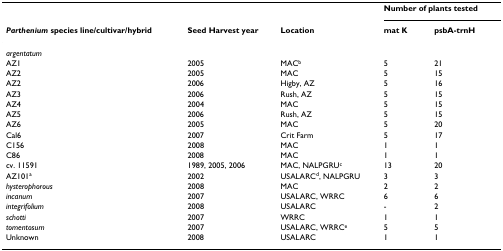
<table><thead><tr><td></td><td></td><td></td><td colspan="2"><b>Number of plants tested</b></td></tr><tr><td><b><i>Parthenium </i>species line/cultivar/hybrid</b></td><td><b>Seed Harvest year</b></td><td><b>Location</b></td><td><b>mat K</b></td><td><b>psbA-trnH</b></td></tr></thead><tbody><tr><td><i>argentatum</i></td><td></td><td></td><td></td><td></td></tr><tr><td>AZ1</td><td>2005</td><td>MAC<sup>b</sup></td><td>5</td><td>21</td></tr><tr><td>AZ2</td><td>2005</td><td>MAC</td><td>5</td><td>15</td></tr><tr><td>AZ2</td><td>2006</td><td>Higby, AZ</td><td>5</td><td>16</td></tr><tr><td>AZ3</td><td>2006</td><td>Rush, AZ</td><td>5</td><td>15</td></tr><tr><td>AZ4</td><td>2004</td><td>MAC</td><td>5</td><td>15</td></tr><tr><td>AZ5</td><td>2006</td><td>Rush, AZ</td><td>5</td><td>15</td></tr><tr><td>AZ6</td><td>2005</td><td>MAC</td><td>5</td><td>20</td></tr><tr><td>Cal6</td><td>2007</td><td>Crit Farm</td><td>5</td><td>17</td></tr><tr><td>C156</td><td>2008</td><td>MAC</td><td>1</td><td>1</td></tr><tr><td>C86</td><td>2008</td><td>MAC</td><td>1</td><td>1</td></tr><tr><td>cv. 11591</td><td>1989, 2005, 2006</td><td>MAC, NALPGRU<sup>c</sup></td><td>13</td><td>20</td></tr><tr><td>AZ101<sup>a</sup></td><td>2002</td><td>USALARC<sup>d</sup>, NALPGRU</td><td>3</td><td>3</td></tr><tr><td><i>hysterophorous</i></td><td>2008</td><td>MAC</td><td>2</td><td>2</td></tr><tr><td><i>incanum</i></td><td>2007</td><td>USALARC, WRRC</td><td>6</td><td>6</td></tr><tr><td><i>integrifolium</i></td><td>2008</td><td>USALARC</td><td>-</td><td>2</td></tr><tr><td><i>schotti</i></td><td>2007</td><td>WRRC</td><td>1</td><td>1</td></tr><tr><td><i>tomentosum</i></td><td>2007</td><td>USALARC, WRRC<sup>e</sup></td><td>5</td><td>5</td></tr><tr><td>Unknown</td><td>2008</td><td>USALARC</td><td>1</td><td>1</td></tr></tbody></table>